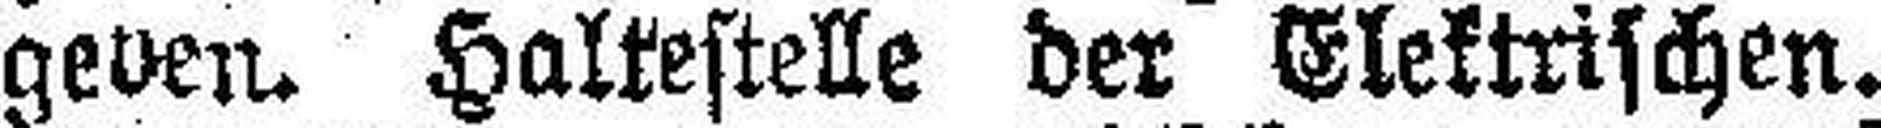
geven. Haltestelle der Elektrischen.